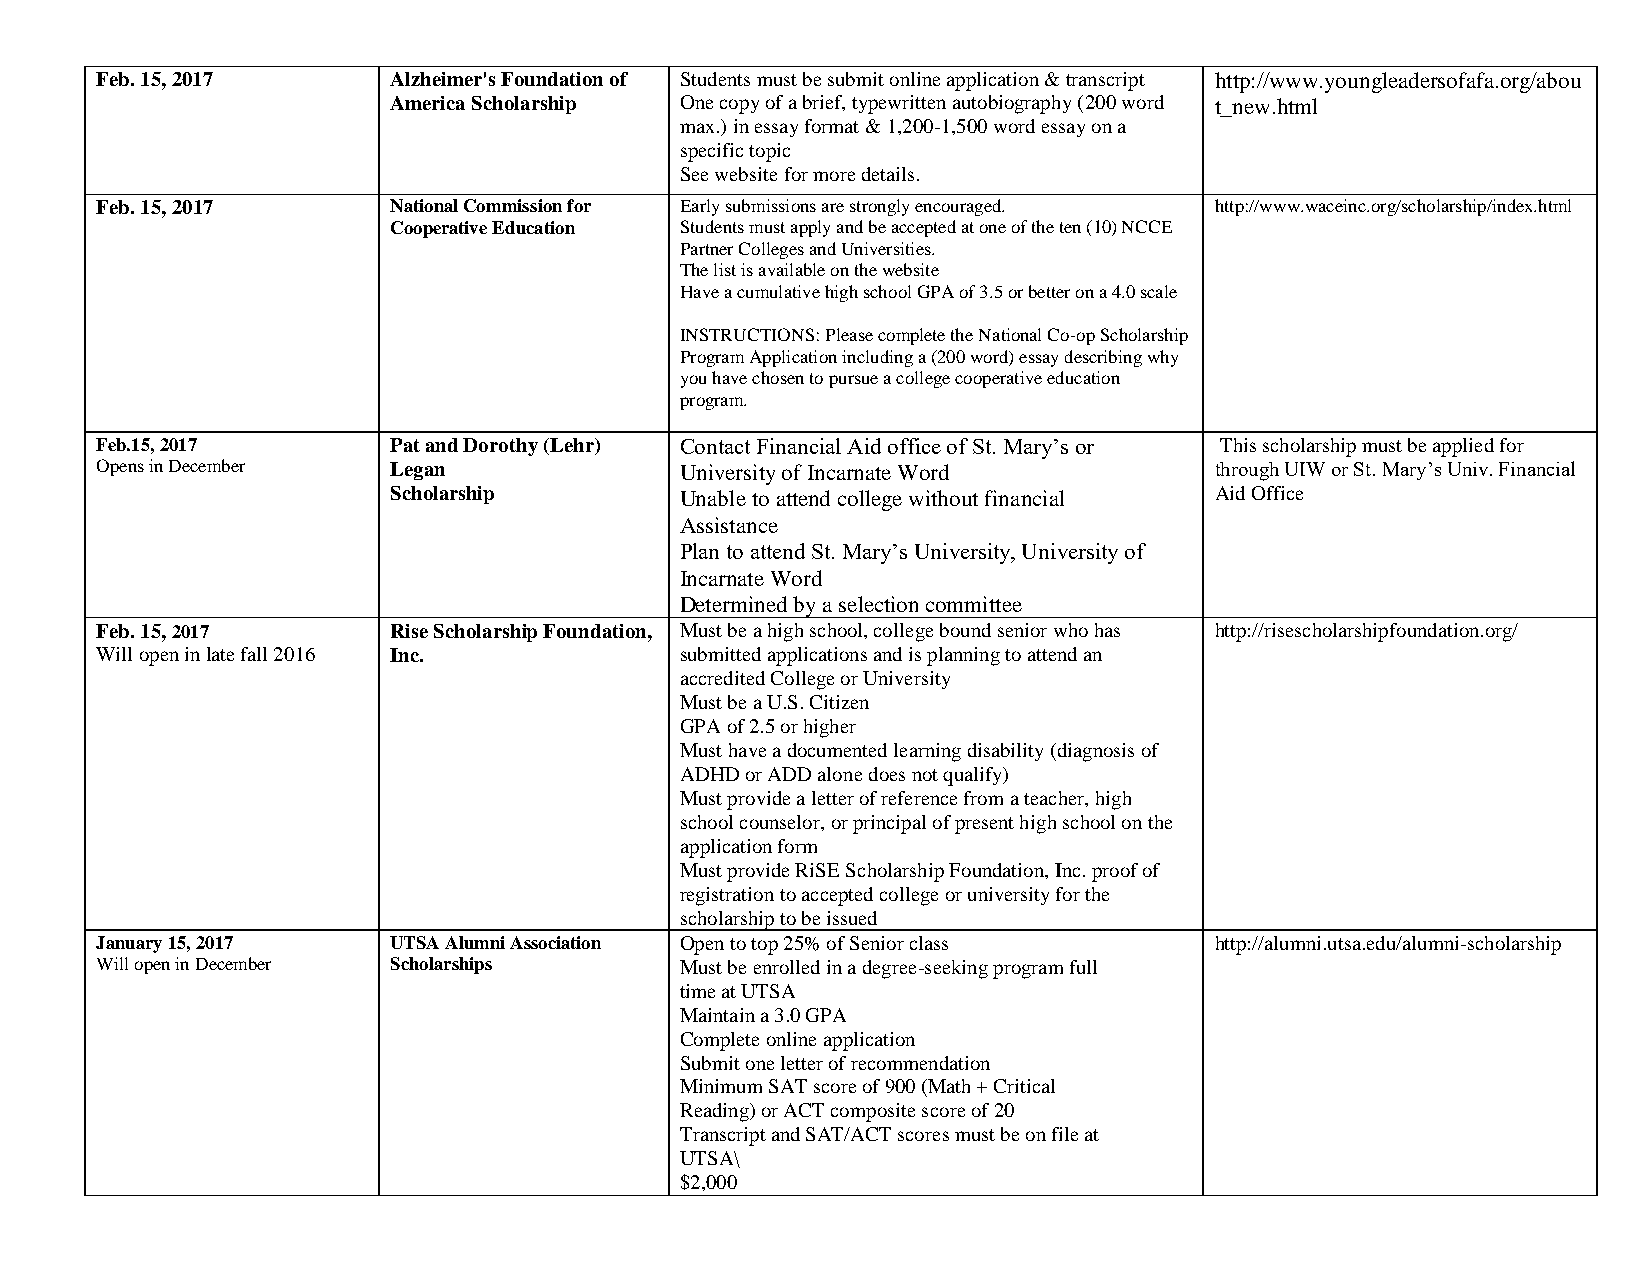
Feb. 15, 2017       Alzheimer's Foundation of Students must be submit online application & transcript http://www.youngleadersofafa.org/abou
 America Scholarship One copy of a brief, typewritten autobiography (200 word t_new.html
 max.) in essay format & 1,200-1,500 word essay on a
 specific topic
 See website for more details.
 Feb. 15, 2017       National Commission for Early submissions are strongly encouraged. http://www.waceinc.org/scholarship/index.html
 Cooperative Education Students must apply and be accepted at one of the ten (10) NCCE
 Partner Colleges and Universities.
 The list is available on the website
 Have a cumulative high school GPA of 3.5 or better on a 4.0 scale
 INSTRUCTIONS: Please complete the National Co-op Scholarship
 Program Application including a (200 word) essay describing why
 you have chosen to pursue a college cooperative education
 program.
 Feb.15, 2017        Pat and Dorothy (Lehr) Contact Financial Aid office of St. Mary’s or This scholarship must be applied for
 Opens in December   Legan              University of Incarnate Word       through UIW or St. Mary’s Univ. Financial
 Scholarship        Unable to attend college without financial Aid Office
 Assistance
 Plan to attend St. Mary’s University, University of
 Incarnate Word
 Determined by a selection committee
 Feb. 15, 2017       Rise Scholarship Foundation, Must be a high school, college bound senior who has http://risescholarshipfoundation.org/
 Will open in late fall 2016 Inc.       submitted applications and is planning to attend an
 accredited College or University
 Must be a U.S. Citizen
 GPA of 2.5 or higher
 Must have a documented learning disability (diagnosis of
 ADHD or ADD alone does not qualify)
 Must provide a letter of reference from a teacher, high
 school counselor, or principal of present high school on the
 application form
 Must provide RiSE Scholarship Foundation, Inc. proof of
 registration to accepted college or university for the
 scholarship to be issued
 January 15, 2017    UTSA Alumni Association Open to top 25% of Senior class http://alumni.utsa.edu/alumni-scholarship
 Will open in December Scholarships     Must be enrolled in a degree-seeking program full
 time at UTSA
 Maintain a 3.0 GPA
 Complete online application
 Submit one letter of recommendation
 Minimum SAT score of 900 (Math + Critical
 Reading) or ACT composite score of 20
 Transcript and SAT/ACT scores must be on file at
 UTSA\
 $2,000